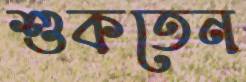
শুকতেন